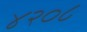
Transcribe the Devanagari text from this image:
४२०८